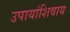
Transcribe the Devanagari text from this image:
उपायांशिवाय